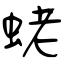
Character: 蛯